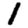
Digit: 1